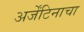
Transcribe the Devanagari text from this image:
अर्जेंटिनाचा